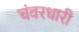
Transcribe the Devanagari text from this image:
चंवरधारी